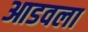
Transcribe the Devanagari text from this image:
आडवला